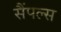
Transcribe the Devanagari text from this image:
सैंपल्स